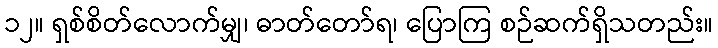
၁၂။ ရှစ်စိတ်လောက်မျှ၊ ဓာတ်တော်ရ၊ ပြောကြ စဉ်ဆက်ရှိသတည်း။